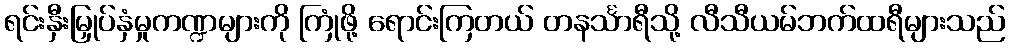
ရင်းနှီးမြှုပ်နှံမှုကဏ္ဍများကို ကြုံဖို့ ရောင်းကြတယ် တနင်္သာရီသို့ လီသီယမ်ဘက်ထရီများသည်